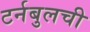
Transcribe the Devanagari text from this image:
टर्नबुलची